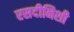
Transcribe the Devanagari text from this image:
रसदीनिशी